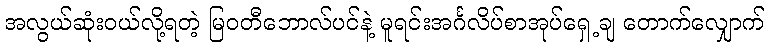
အလွယ်ဆုံးဝယ်လို့ရတဲ့ မြဝတီဘောလ်ပင်နဲ့ မူရင်းအင်္ဂလိပ်စာအုပ်ရှေ့ချ တောက်လျှောက်